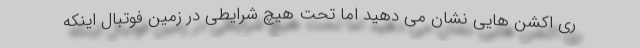
ری اکشن هایی نشان می دهید اما تحت هیچ شرایطی در زمین فوتبال اینکه